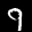
Label: 9